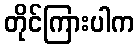
တိုင်ကြားပါက